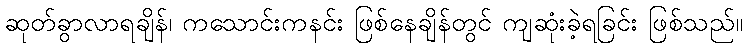
ဆုတ်ခွာလာရချိန်၊ ကသောင်းကနင်း ဖြစ်နေချိန်တွင် ကျဆုံးခဲ့ရခြင်း ဖြစ်သည်။